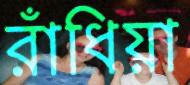
রাঁধিয়া